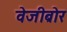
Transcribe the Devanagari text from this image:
वेजीब्रोर